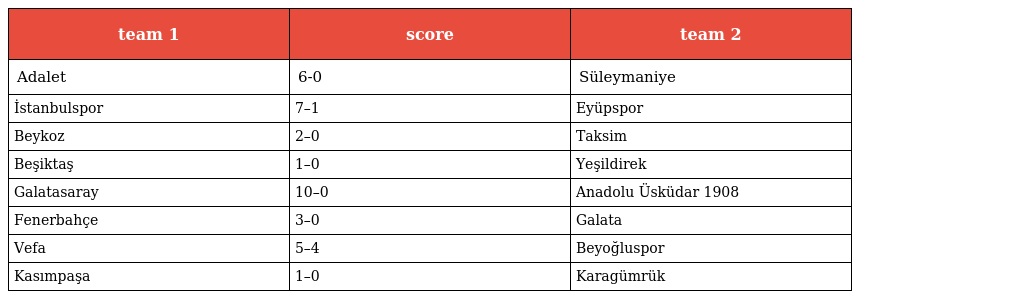
| team 1 | score | team 2 |
 | --- | --- | --- |
 | Adalet | 6-0 | Süleymaniye |
 | İstanbulspor | 7–1 | Eyüpspor |
 | Beykoz | 2–0 | Taksim |
 | Beşiktaş | 1–0 | Yeşildirek |
 | Galatasaray | 10–0 | Anadolu Üsküdar 1908 |
 | Fenerbahçe | 3–0 | Galata |
 | Vefa | 5–4 | Beyoğluspor |
 | Kasımpaşa | 1–0 | Karagümrük |